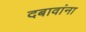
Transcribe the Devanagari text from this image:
दबावांना